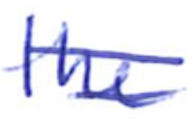
Text: the
Cross-out: mix
Writing tool: ballpoint